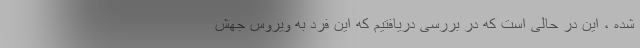
شده ، این در حالی است که در بررسی دریافتیم که این فرد به ویروس جهش